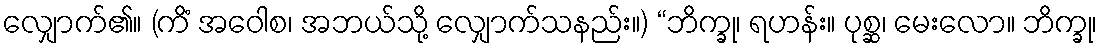
လျှောက်၏။ (ကိံ အဝေါစ၊ အဘယ်သို့ လျှောက်သနည်း။) “ဘိက္ခု၊ ရဟန်း။ ပုစ္ဆ၊ မေးလော။ ဘိက္ခု၊